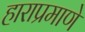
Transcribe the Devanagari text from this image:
हाराप्रमाणे